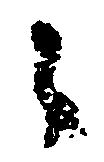
々